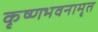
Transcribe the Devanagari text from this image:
कृष्णभवनामृत